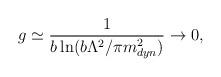
LaTeX: \begin{align*}g \simeq \frac{1}{b\ln(b\Lambda^2/\pi m_{dyn}^2)} \to 0,\end{align*}